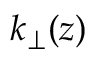
k _ { \perp } ( z )